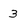
Character: 3